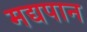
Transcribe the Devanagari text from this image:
मद्यपान